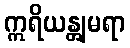
ဣရိယန္တျမရာ